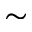
\sim